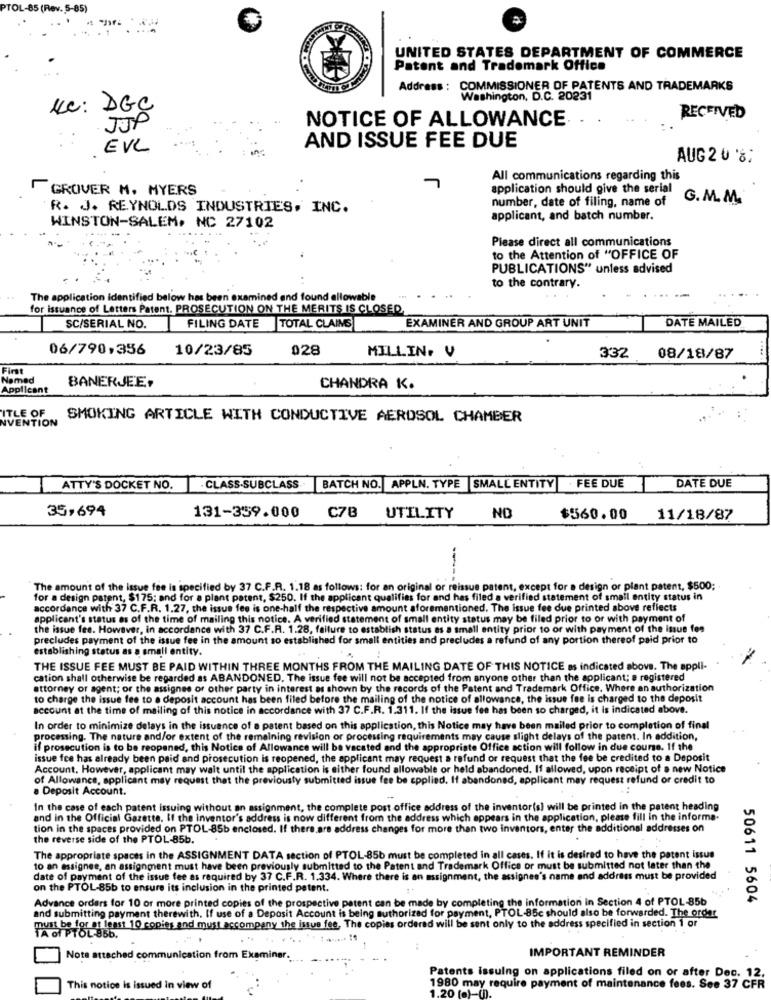
PTOL-85 (Rev. 5-85)
UNITED STATES DEPARTMENT OF COMMERCE
Patent and Trademark Office
Address : COMMISSIONER OF PATENTS AND TRADEMARKS
Washington, D.C. 20231
Kc: DGC
NOTICE OF ALLOWANCE
RECEIVED
JJP
AND ISSUE FEE DUE
EVL
AUG 2 0 %:
All communications regarding this
GROVER M. MYERS
application should give the serial
number, date of filing, name of
G.M.M.
R. J. REYNOLDS INDUSTRIES, INC.
applicant, and batch number.
WINSTON-SALEM, NC 27102
Please direct all communications
to the Attention of "OFFICE OF
PUBLICATIONS" unless advised
to the contrary.
The application Identified below has been examined and found allowable
for issuance of Letters Patent. PROSECUTION ON THE MERITS IS CLOSED,
DATE MAILED
SC/SERIAL NO.
FILING DATE TOTAL CLAINS
EXAMINER AND GROUP ART UNIT
06/790,356
10/23/85
028
MILLIN. V
332
08/18/87
First
Named
BANERJEE,
Applicant
CHANDRA K.
ITLE OF
IVENTION
SMOKING ARTICLE WITH CONDUCTIVE AEROSOL CHAMBER
ATTY'S DOCKET NO.
- CLASS-SUBCLASS
BATCH NO. APPLN. TYPE |SMALL ENTITY
· FEE DUE
DATE DUE
35,694
131-339.000
C78 UTILITY
NO
$560.00
11/18/87
The amount of the issue fee is specified by 37 C.F.R. 1.18 as follows: for an original or reissue patent, except for a design or plant patent, $500;
for a design patent, $175; and for a plant patent, $250. If the applicant qualifies for and has filed a verified statement of small entity status in
accordance with 37 C.F.R. 1.27, the issue fee is one-half the respective amount aforementioned. The issue fee due printed above reflects
applicant's status es of the time of mailing this notice. A verified statement of small entity status may be filed prior to or with payment of
the issue fee. However, in accordance with 37 C.F.R. 1.28, failure to establish status as a small entity prior to or with payment of the issue fos
precludes payment of the issue fee in the amount so established for small entities and precludes a refund of any portion thereof paid prior to
establishing status as a small entity.
THE ISSUE FEE MUST BE PAID WITHIN THREE MONTHS FROM THE MAILING DATE OF THIS NOTICE as indicated above. The appli-
cation shall otherwise be regarded as ABANDONED. The issue fee will not be accepted from anyone other than the applicant; a registered
attorney of agent; or the assignee or other party in interest as shown by the records of the Patent and Trademark Office, Where an authorization
to charge the issue fee to a deposit account has been filed before the mailing of the notice of allowance, the issue fee is charged to the deposit
account at the time of mailing of this notice in accordance with 37 C.F.R. 1.311. If the issue fee has been so charged, it Is indicated above.
In order to minimize delays in the issuance of a patent based on this application, this Notice may have been mailed prior to completion of final
processing. The nature and/or extent of the remaining revision or processing requirements may cause slight delays of the patent. In addition,
if prosecution is to be reopened, this Notice of Allowance will be vacated and the appropriate Office action will follow in due course. If the
issue fee has already been paid and prosecution is reopened, the applicant may request a refund or request that the fee be credited to a Deposit
Account. However, applicant may wait until the application is either found allowable or held abandoned. If allowed, upon receipt of a new Notice
of Allowance, applicant may request that the previousty submitted issue fee be applied. If abandoned, applicant may request refund or credit to
a Deposit Account.
In the case of each patent issuing without an assignment, the complete post office address of the inventor(s) will be printed in the patent heading
and in the Official Gazette. If the inventor's address is now different from the address which appears in the application, please fill in the informa
tion in the spaces provided on PTOL-85b enclosed. If there.are address changes for more than two inventors, enter the additional addresses on
the reverse side of the PTOL-85b.
The appropriate spaces in the ASSIGNMENT DATA section of PTOL-85b must be completed in all cases. If it is desired to have the patent issue
to an assignee, an assignment must have been previously submitted to the Patent and Trademark Office or must be submitted not later than the
date of payment of the issue fee as required by 37 C.F.R. 1.334. Where there is an assignment, the assignee's name and address must be provided
on the PTOL-85b to ensure its inclusion in the printed patent
Advance orders for 10 or more printed copies of the prospective patent can be made by completing the information in Section 4 of PTOL-85b
50611 5604
and submitting payment therewith, If use of a Deposit Account is being authorized for payment, PTOL-85c should also be forwarded. The order
must be for at least 10 copies and must accompany the issue fee, The copies ordered will be sent only to the address specified in section 1 or
IMPORTANT REMINDER
Note attached communication from Examiner.
Patents issuing on applications filed on or after Dec. 12.
This notice is issued in view of
1980 may require payment of maintenance fees. See 37 CFR
1.20 (o)-().